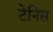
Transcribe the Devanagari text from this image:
टेनिस